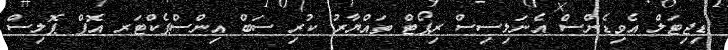
ޑިޖިޓަލް އެވިޑެންސް އެނަލިސިސް ރިޕޯޓް ތައްޔާރު ކުރި ސަބް އިންސްޕެކްޓަރ އޮފް ޕޮލިސް